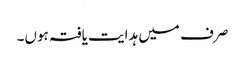
صرف میں ہدایت یافتہ ہوں۔